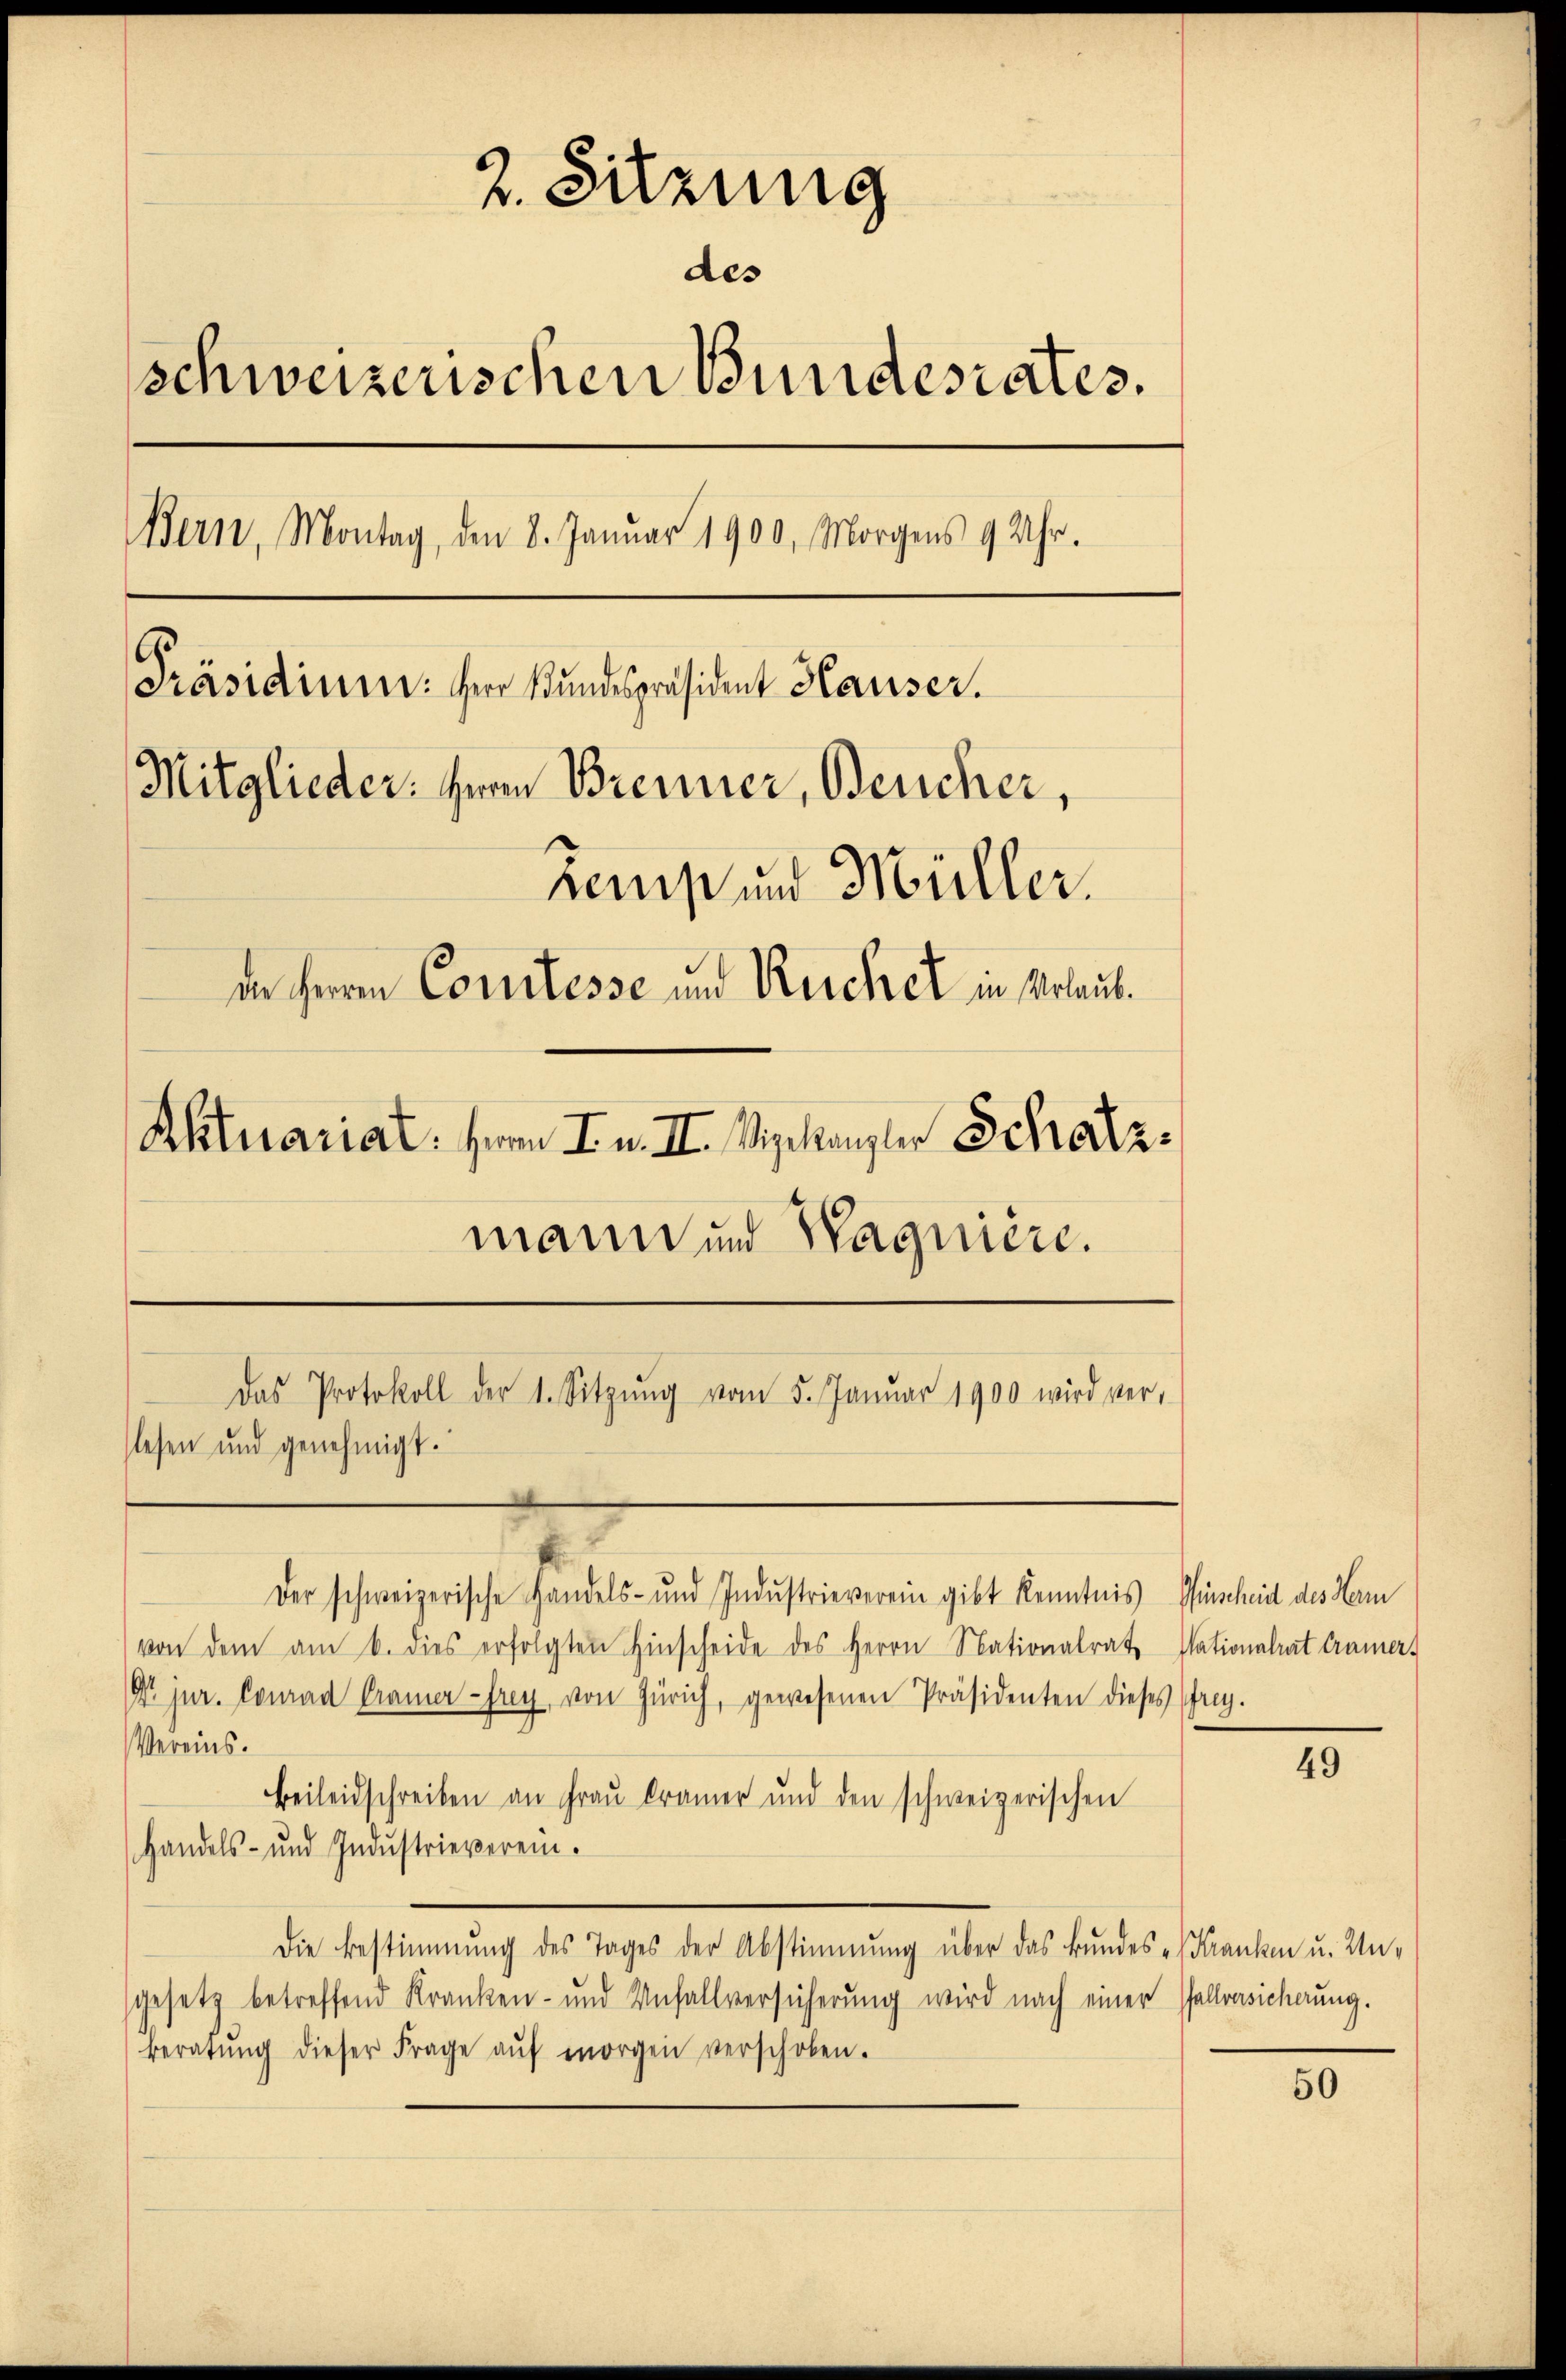
2. Sitzung
des
schweizerischen Bundesrates.
Bern, Montag, den 8. Januar 1900, Morgens 9 Uhr.
Präsidium. Herr Bundespräsident Hauser.
Mitglieder: Herrn Brenner, Beucher,
Kempt und Müller.
de Herren Comtesse und Reicher in Urlaub.
Aktuariat. Herrn I. u. II. Viskanzler Schatzmann und Wagnière.
Das Protokoll der 1. Sitzŭng vom 5. Januar 1900 wird ver-
lesen und genehmigt.

der schweizerische Handels- und Indŭstrieverein gibt kenntnis Müncheid des Hem
von dem am 6. dies erfolgten Hinscheide des Herrn Nationalrat Nationalrat Cramer
Dr. jur. Conrad Cramer frey von Zürich, gewesenen Präsidenten dieses frey.
Vereins.
Beileidschreiben an Frau Cramer und den schweizerischen
Handels- und Indŭstrieverein.
Die Bestimmung des Tages der Abstimmung über das Bundes - Kranken u. Un-
gesetz betreffend Kranken- und Unfallversicherung wird nach einer Pallvasicherung.
beratŭng dieser Frage aŭf morgen verschoben.

25

50